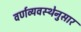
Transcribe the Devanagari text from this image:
वर्णव्यवस्थेनुसार